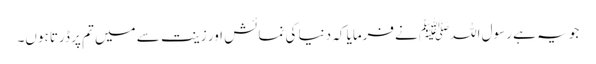
جو یہ ہے رسول اللہﷺ نےفرمایا کہ دنیا کی نمائش اور زینت سے میں تم پر ڈرتا ہوں۔